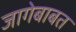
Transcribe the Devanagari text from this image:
जागेबाबत